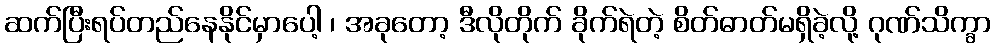
ဆက်ပြီးရပ်တည်နေနိုင်မှာပေါ့ ၊ အခုတော့ ဒီလိုတိုက် ခိုက်ရဲတဲ့ စိတ်ဓာတ်မရှိခဲ့လို့ ဂုဏ်သိက္ခာ